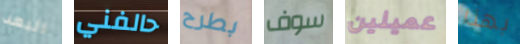
البعد حالفني بطرح سوف عميلين بهذا